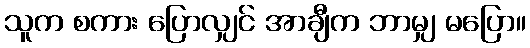
သူက စကား ပြောလျှင် အာချီက ဘာမျှ မပြော။